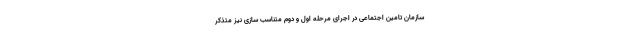
سازمان تامین اجتماعی در اجرای مرحله اول و دوم متناسب سازی نیز متذکر